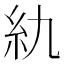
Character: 䊵